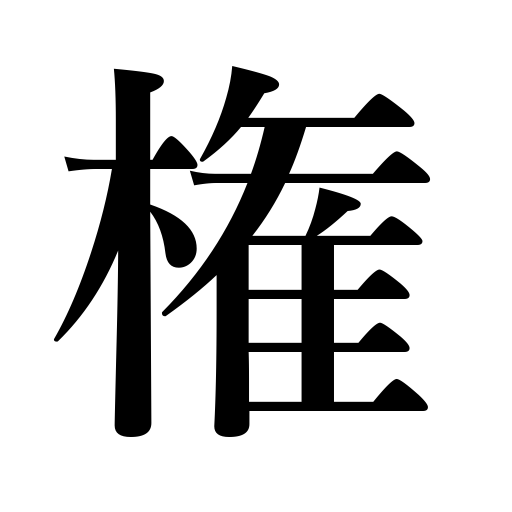
Meanings: concession,power,authority,rights